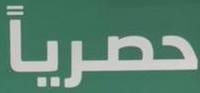
حصرياً